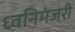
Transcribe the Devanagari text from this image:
ध्वनिमंजरी